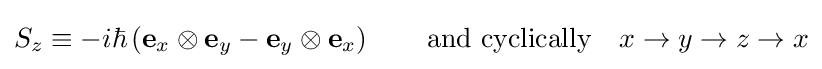
S_{z}\equiv -i\hbar \left(\mathbf {e} _{x}\otimes \mathbf {e} _{y}-\mathbf {e} _{y}\otimes \mathbf {e} _{x}\right)\qquad {\hbox{and cyclically}}\quad x\to y\to z\to x